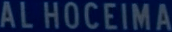
ALHOCEIMA